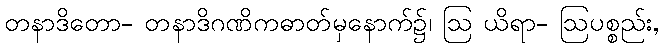
တနာဒိတော- တနာဒိဂဏိကဓာတ်မှနောက်၌၊ ဩ ယိရာ- ဩပစ္စည်း,